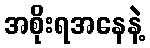
အစိုးရအနေနဲ့